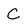
Character: C